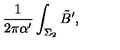
{ \frac { 1 } { 2 \pi \alpha ^ { \prime } } } \int _ { \Sigma _ { 2 } } \tilde { B } ^ { \prime } ,